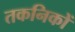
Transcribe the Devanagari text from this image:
तकनिकों